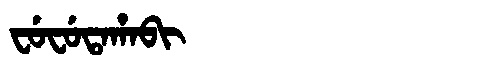
Manchu: ᠸᡠᠸᡠᡨᠠᡥᠠᠪᡳ
Romanization: FUFUTAHABI